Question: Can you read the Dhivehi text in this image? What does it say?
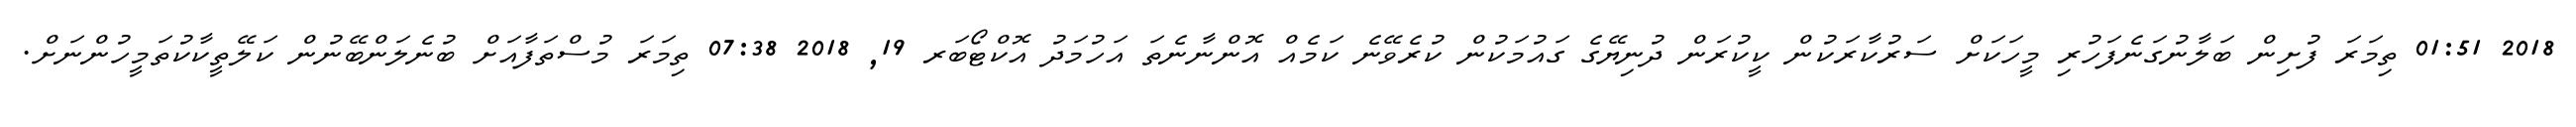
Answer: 2018 01:51 ތިމަރަ ފުށިން ބަލާނުގަނެފަހުރި މީހަކަށް ސަރުކާރަކުން ކީކުރަން ދުނިޔޭގެ ގައުމަކުން ކުރެވޭނެ ކަމެއް އޮންނާނެތަ އަހުމަދު އޮކްޓޯބަރ 19, 2018 07:38 ތިމަރަ މުސްތަފާއަށް ބުނެލަންބޭނުން ކަލޭތީކާކުތަމީހުންނަށް.